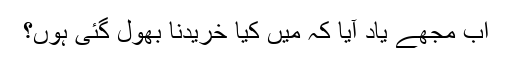
اب مجھے یاد آیا کہ میں کیا خریدنا بھول گئی ہوں؟